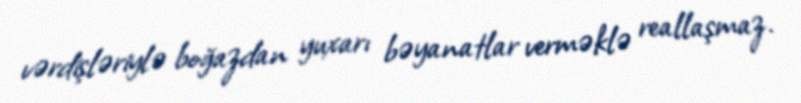
vərdişləriylə boğazdan yuxarı bəyanatlar verməklə reallaşmaz.